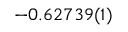
- 0 . 6 2 7 3 9 ( 1 )